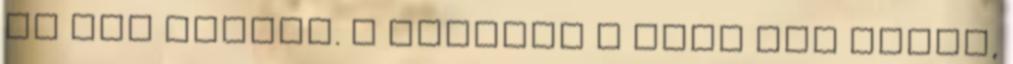
de hát muszáj. A füzetét a hóna alá vágja,